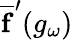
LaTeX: \overline{{\mathbf{f}}}^{\prime}(g_{\omega})